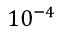
1 0 ^ { - 4 }